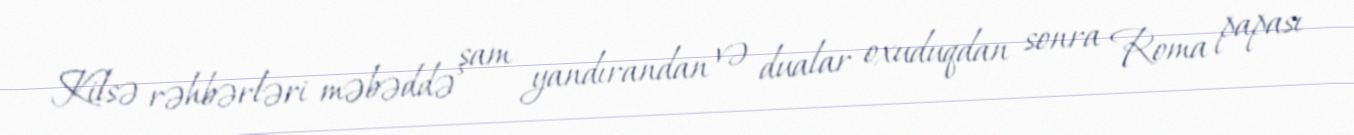
Kilsə rəhbərləri məbəddə şam yandırandan və dualar oxuduqdan sonra Roma papası